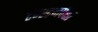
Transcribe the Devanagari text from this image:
टंग्स्टनपेक्षा